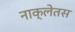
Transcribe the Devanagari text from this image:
नाक्लेतस